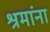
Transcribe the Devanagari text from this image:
श्रमांना